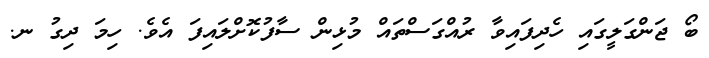
ބޯ ޖަންގަލީގައި ހެދިފައިވާ ރުއްގަސްތައް މުޅިން ސާފުކޮށްލައިފަ އެވެ. ހިމަ ދިގު ނ.